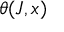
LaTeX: \theta ( J , x )